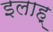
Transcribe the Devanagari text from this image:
इलाह्